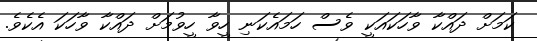
ކަމަށް ދައްކާ ވާހަކައަކީ ވެސް ހަމައެކަނި ހީވާ ހީވުމަށް ދައްކާ ވާހަކަ އެކެވެ.